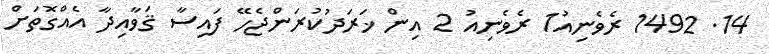
14. 1492 ރެވެނިއު1 ރެވެނިއު 2 އިން ޚަރަދުކުރަންޖެހޭ ފައިސާ ޤަވާއިދާ އެއްގޮތަށް